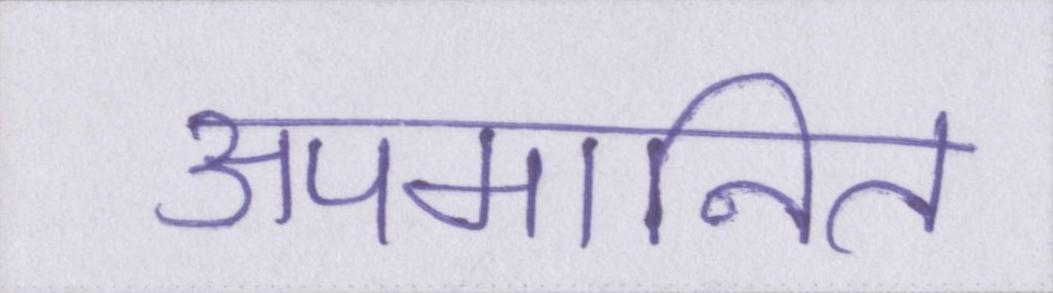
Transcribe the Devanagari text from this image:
अपमानित